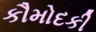
કૌમોદકી